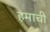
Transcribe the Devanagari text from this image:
हमाची